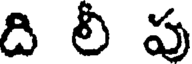
ది లీ పు